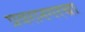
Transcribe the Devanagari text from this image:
प्रवरानगरचा